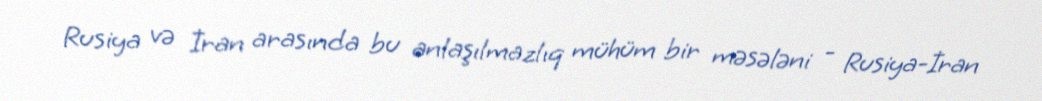
Rusiya və İran arasında bu anlaşılmazlıq mühüm bir məsələni - Rusiya-İran